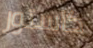
كاستور